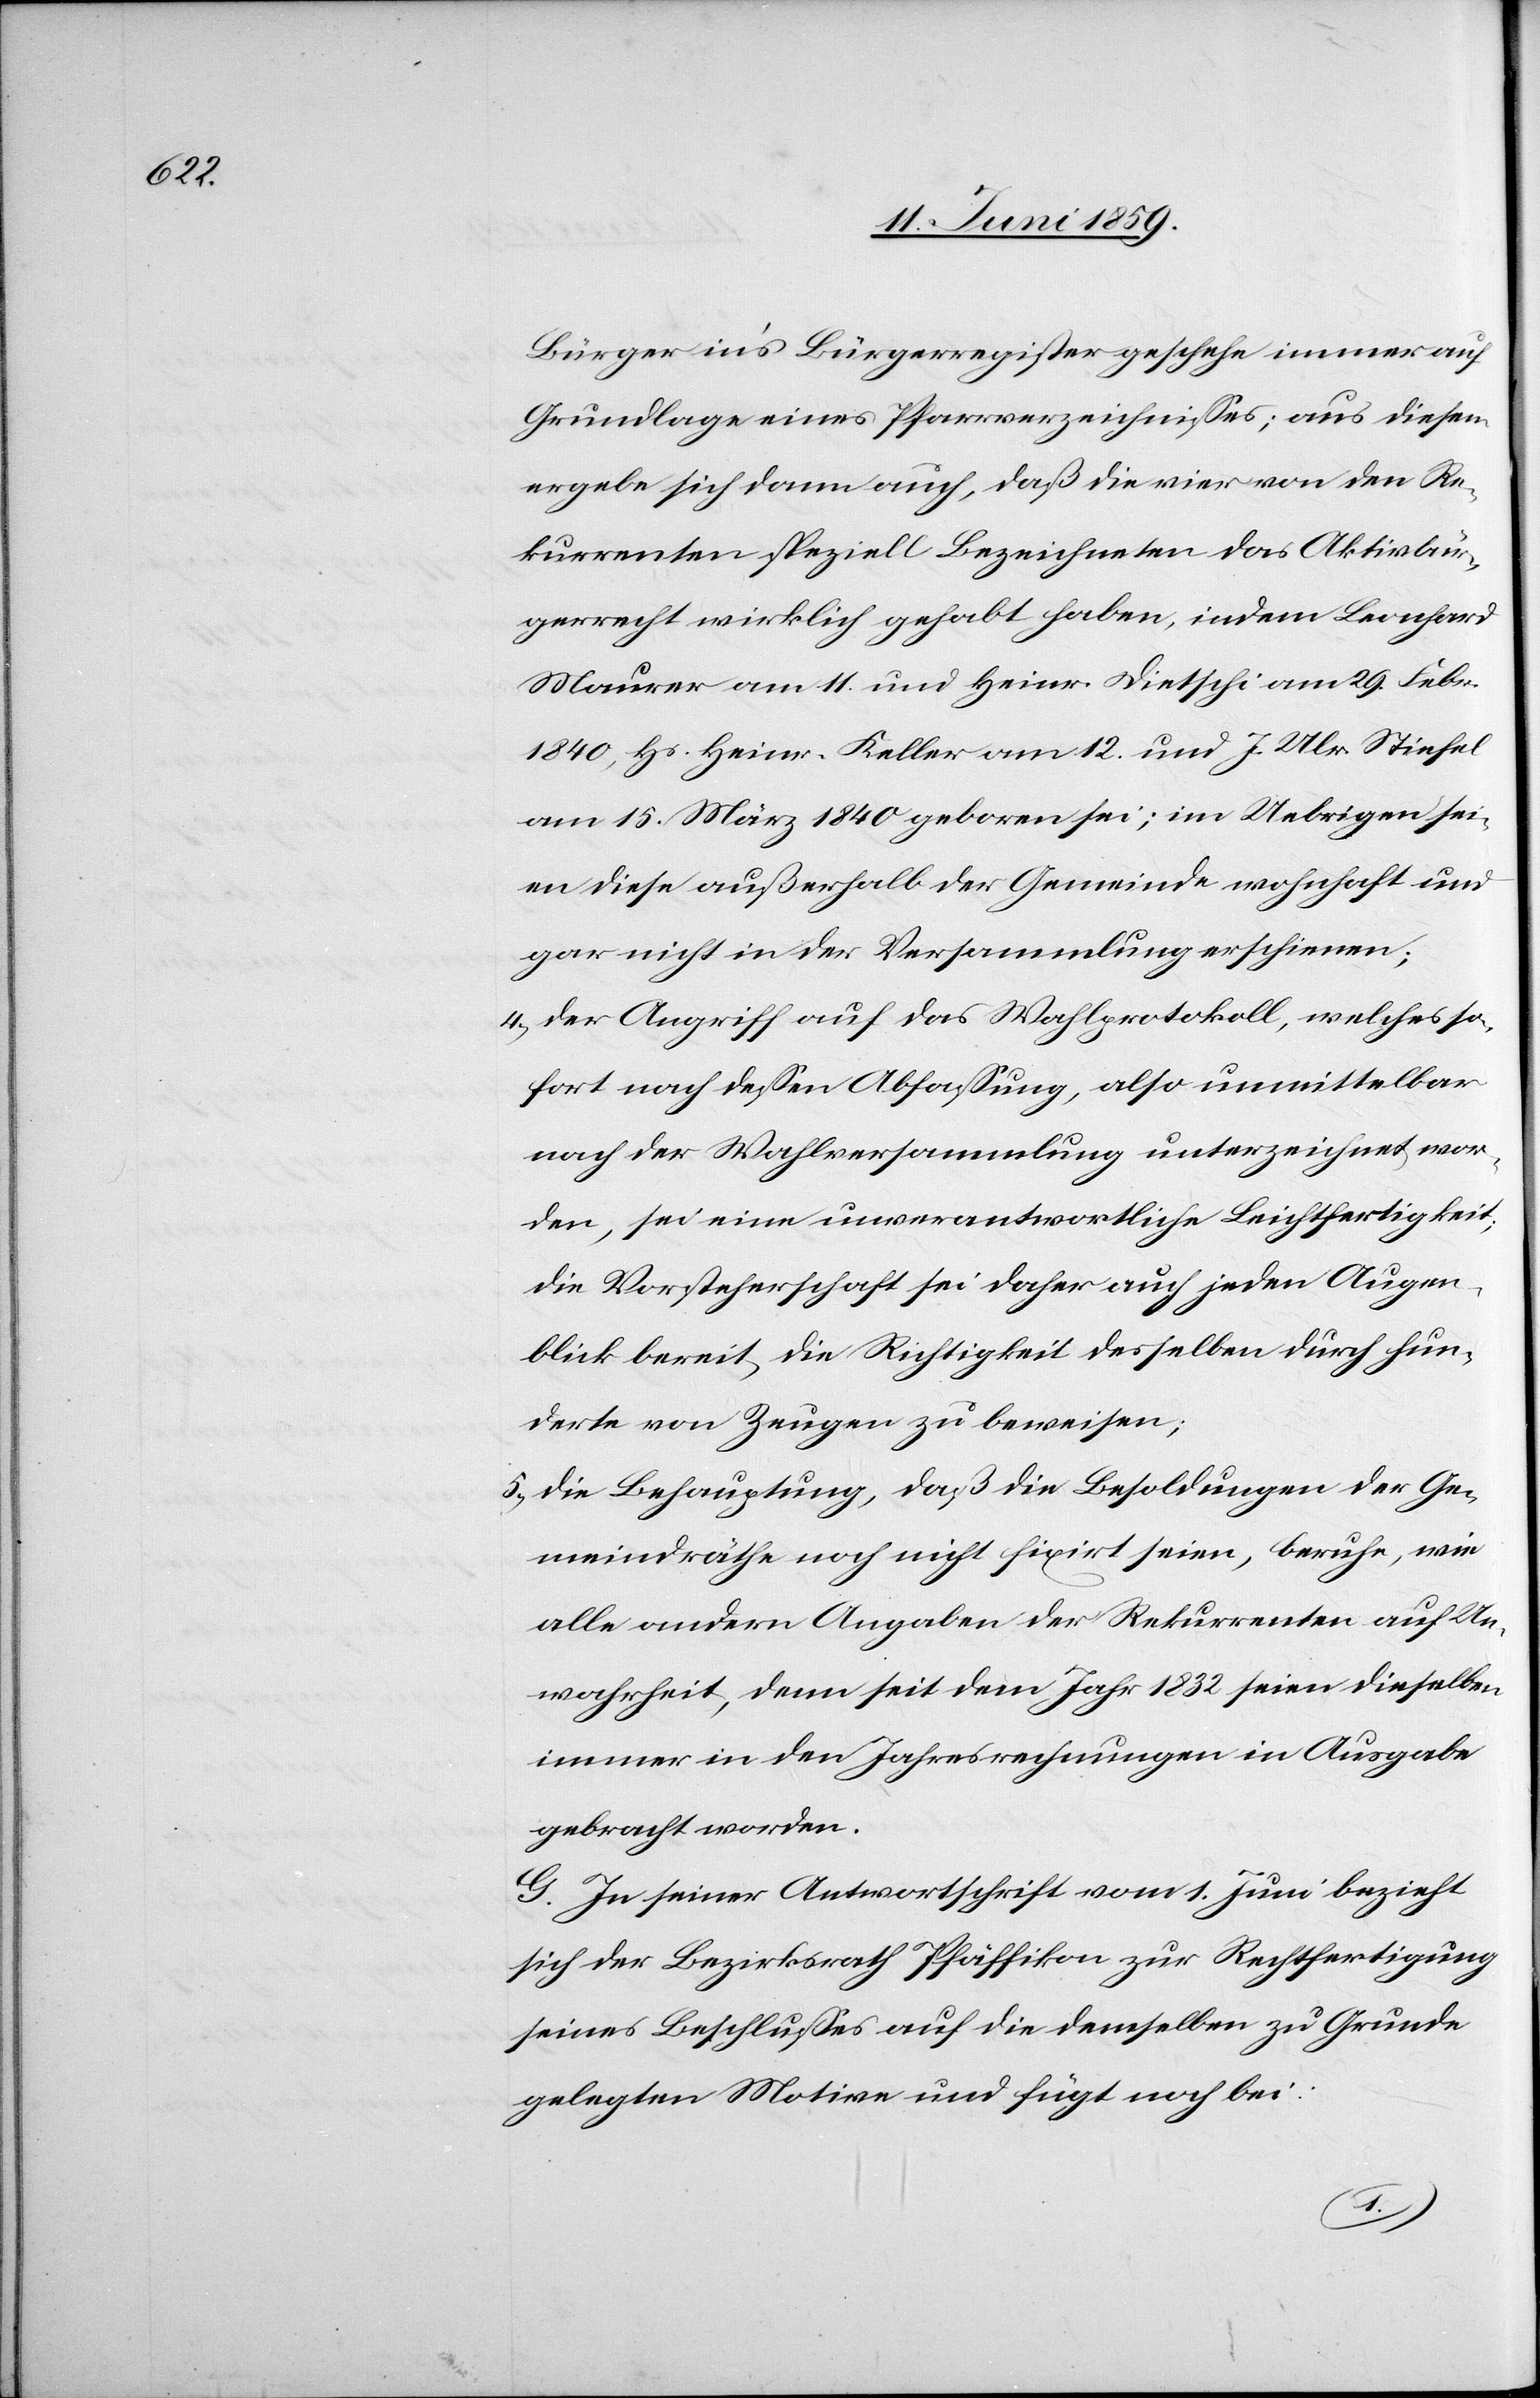
Bürger in’s Bürgerregister geschehe immer auf
Grundlage eines Pfarrverzeichnisses; aus diesem
ergebe sich dann auch, daß die vier von den Re¬
kurrenten speziell Bezeichneten das Aktivbür¬
gerrecht wirklich gehabt haben, indem Leonhard
Maurer am 1. und Heinr. Dietschi am 29. Febr.
1840, Hs. Heinr. Keller am 12. und J. Ulr. Stiefel
am 15. März 1840 geboren sei; im Uebrigen sei¬
en diese außerhalb der Gemeinde wohnhaft und
gar nicht in der Versammlung erschienen;
4) der Angriff auf das Wahlprotokoll, welches so¬
fort nach dessen Abfassung, also unmittelbar
nach der Wahlversammlung unterzeichnet wor¬
den, sei eine unverantwortliche Leichtfertigkeit;
die Vorsteherschaft sei daher auch jeden Augen¬
blick bereit, die Richtigkeit desselben durch hun¬
derte von Zeugen zu beweisen;
5) die Behauptung, daß die Besoldungen der Ge¬
meindräthe noch nicht fixirt seien, beruhe, wie
alle andern Angaben der Rekurrenten auf Un¬
wahrheit, denn seit dem Jahr 1832 seien dieselben
immer in den Jahresrechnungen in Ausgabe
gebracht worden.
G. In seiner Antwortschrift vom 1. Juni bezieht
sich der Bezirksrath Pfäffikon zur Rechtfertigung
seines Beschlusses auf die demselben zu Grunde
gelegten Motive und fügt noch bei: